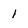
Character: 1